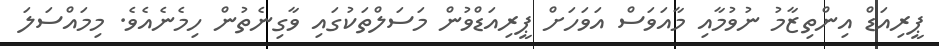
ޕީރިއަޑް އިންތިޒާމު ނުވުމާއި މާއަވަސް އަވަހަށް ޕީރިއަޑްވުން މަސަލްތަކުގައި ވާގިނެތުން ހިމެނެއެވެ. މިމައްސަލަ